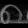
Digit: ၈